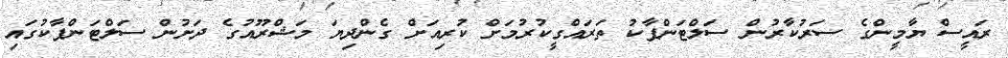
ރައީސް ޔާމީންގެ ސަރުކާރުން ސަލްޓަންޕާކު ތަރައްގީކުރުމަށް ކުރިއަށް ގެންދިޔަ މަޝްރޫއުގެ ދަށުން ސަލްޓަންޕާކުގައި